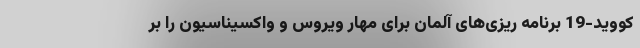
کووید-19 برنامه‌ ریزی‌های آلمان برای مهار ویروس و واکسیناسیون را بر